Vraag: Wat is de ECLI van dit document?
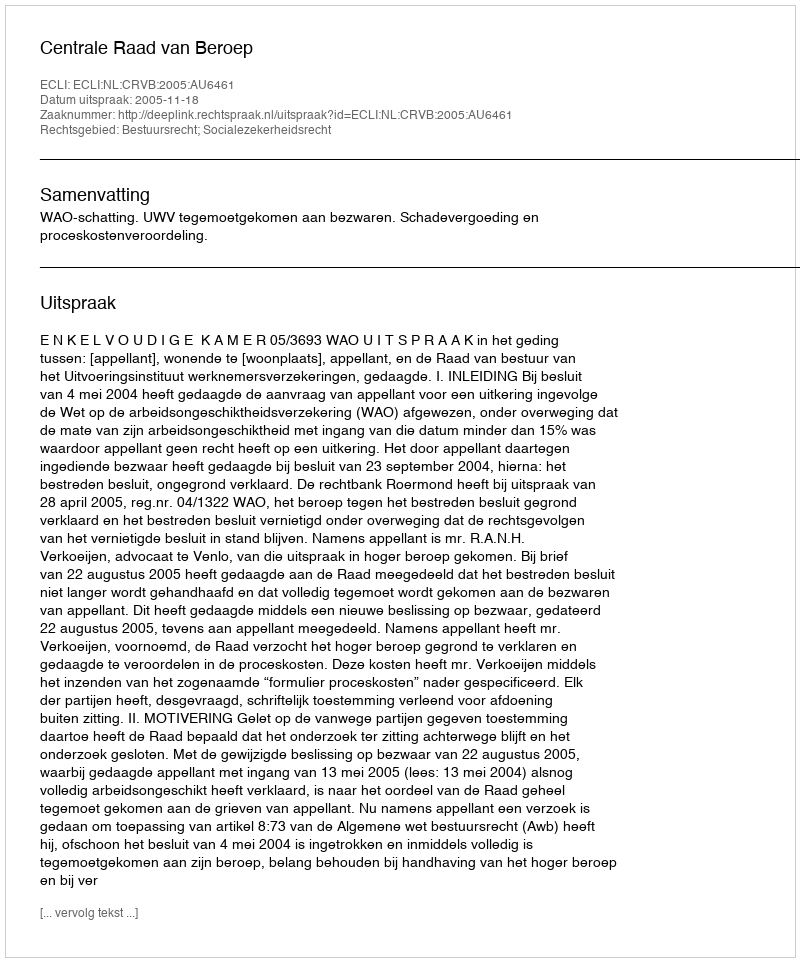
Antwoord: ECLI:NL:CRVB:2005:AU6461